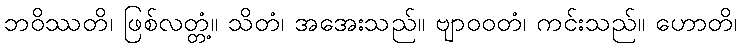
ဘဝိဿတိ၊ ဖြစ်လတ္တံ့။ သိတံ၊ အအေးသည်။ ဗျာဝဝတံ၊ ကင်းသည်။ ဟောတိ၊